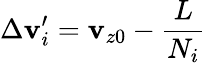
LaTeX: \Delta\mathbf{v}_{i}^{\prime}=\mathbf{v}_{z0}-\frac{{L}}{{N_{i}}}